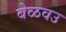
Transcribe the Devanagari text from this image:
बेळवउ